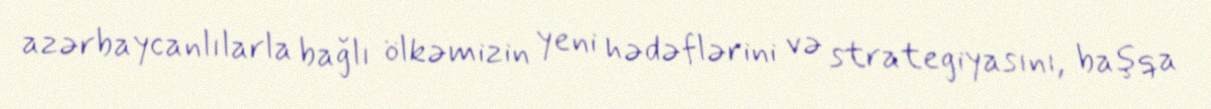
azərbaycanlılarla bağlı ölkəmizin yeni hədəflərini və strategiyasını, başqa